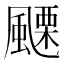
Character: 𩘟